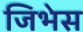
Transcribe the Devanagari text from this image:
जिभेस